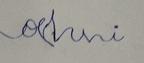
Signature authenticity: forged